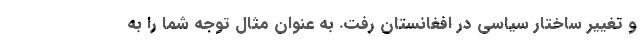
و تغيير ساختار سياسي در افغانستان رفت. به عنوان مثال توجه شما را به